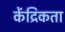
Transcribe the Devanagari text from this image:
केंद्रिकता